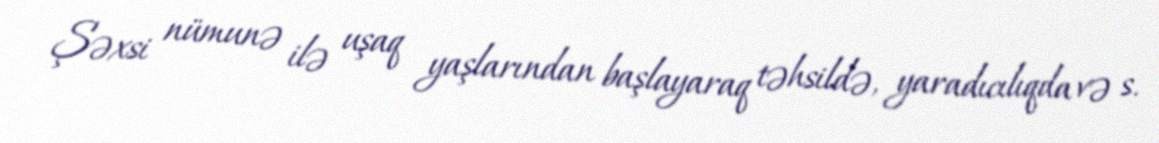
Şəxsi nümunə ilə uşaq yaşlarından başlayaraq təhsildə, yaradıcılıqda və s.